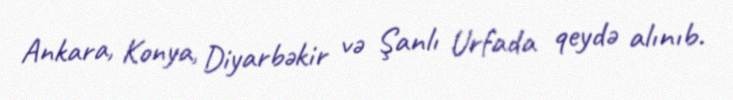
Ankara, Konya, Diyarbəkir və Şanlı Urfada qeydə alınıb.